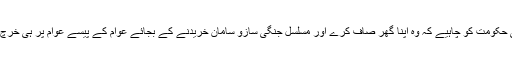
بھارتی حکومت کو چاہیے کہ وہ اپنا گھر صاف کرے اور مسلسل جنگی سازو سامان خریدنے کے بجائے عوام کے پیسے عوام پر ہی خرچ کرے۔